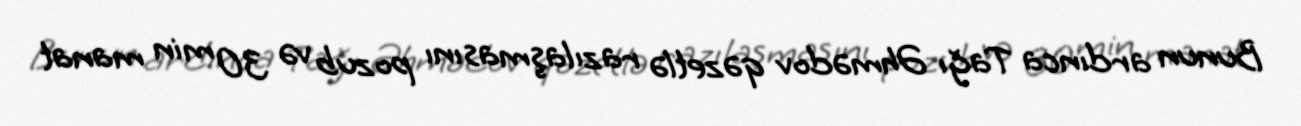
Bunun ardınca Tağı Əhmədov qəzetlə razılaşmasını pozub və 30 min manat